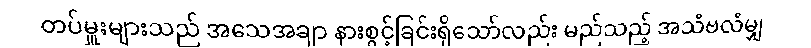
တပ်မှူးများသည် အသေအချာ နားစွင့်ခြင်းရှိသော်လည်း မည်သည့် အသံဗလံမျှ